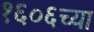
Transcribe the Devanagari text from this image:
१६०६च्या